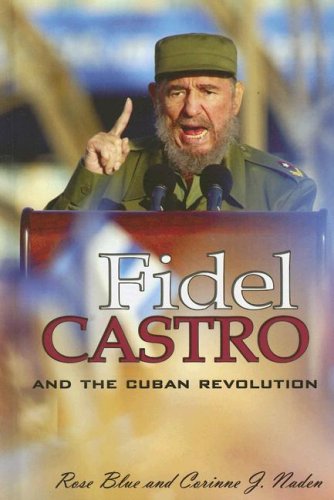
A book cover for Fidel Castro And the Cuban Revolution (World Leaders); Corinne J. Naden; Teen & Young Adult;